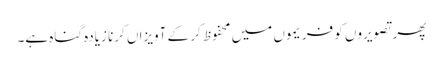
پھر تصویروں کو فریموں میں محفوظ کر کے آویزاں کرنا زیادہ گناہ ہے۔